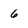
Character: 6